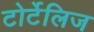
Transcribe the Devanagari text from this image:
टोर्टेलिज